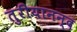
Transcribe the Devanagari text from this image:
तुरीयानन्द